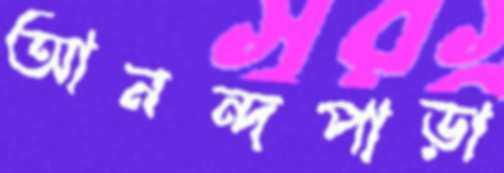
আনন্দপাড়া